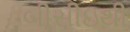
બીસીઇથી